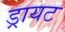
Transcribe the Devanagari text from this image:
ड्रायट